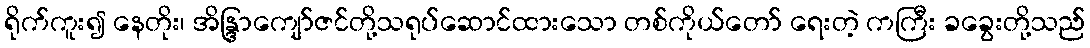
ရိုက်ကူး၍ နေတိုး၊ အိန္ဒြာကျော်ဇင်တို့သရုပ်ဆောင်ထားသော တစ်ကိုယ်တော် ရေးတဲ့ ကကြီး ခခွေးတို့သည်